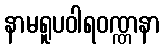
နာမရူပဝါရဝဏ္ဏနာ